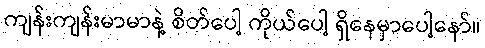
ကျန်းကျန်းမာမာနဲ့ စိတ်ပေါ့ ကိုယ်ပေါ့ ရှိနေမှာပေါ့နော်။